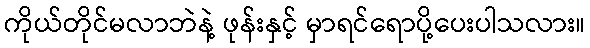
ကိုယ်တိုင်မလာဘဲနဲ့ ဖုန်းနှင့် မှာရင်ရောပို့ပေးပါသလား။